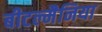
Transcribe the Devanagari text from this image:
बीटल्मैनिया